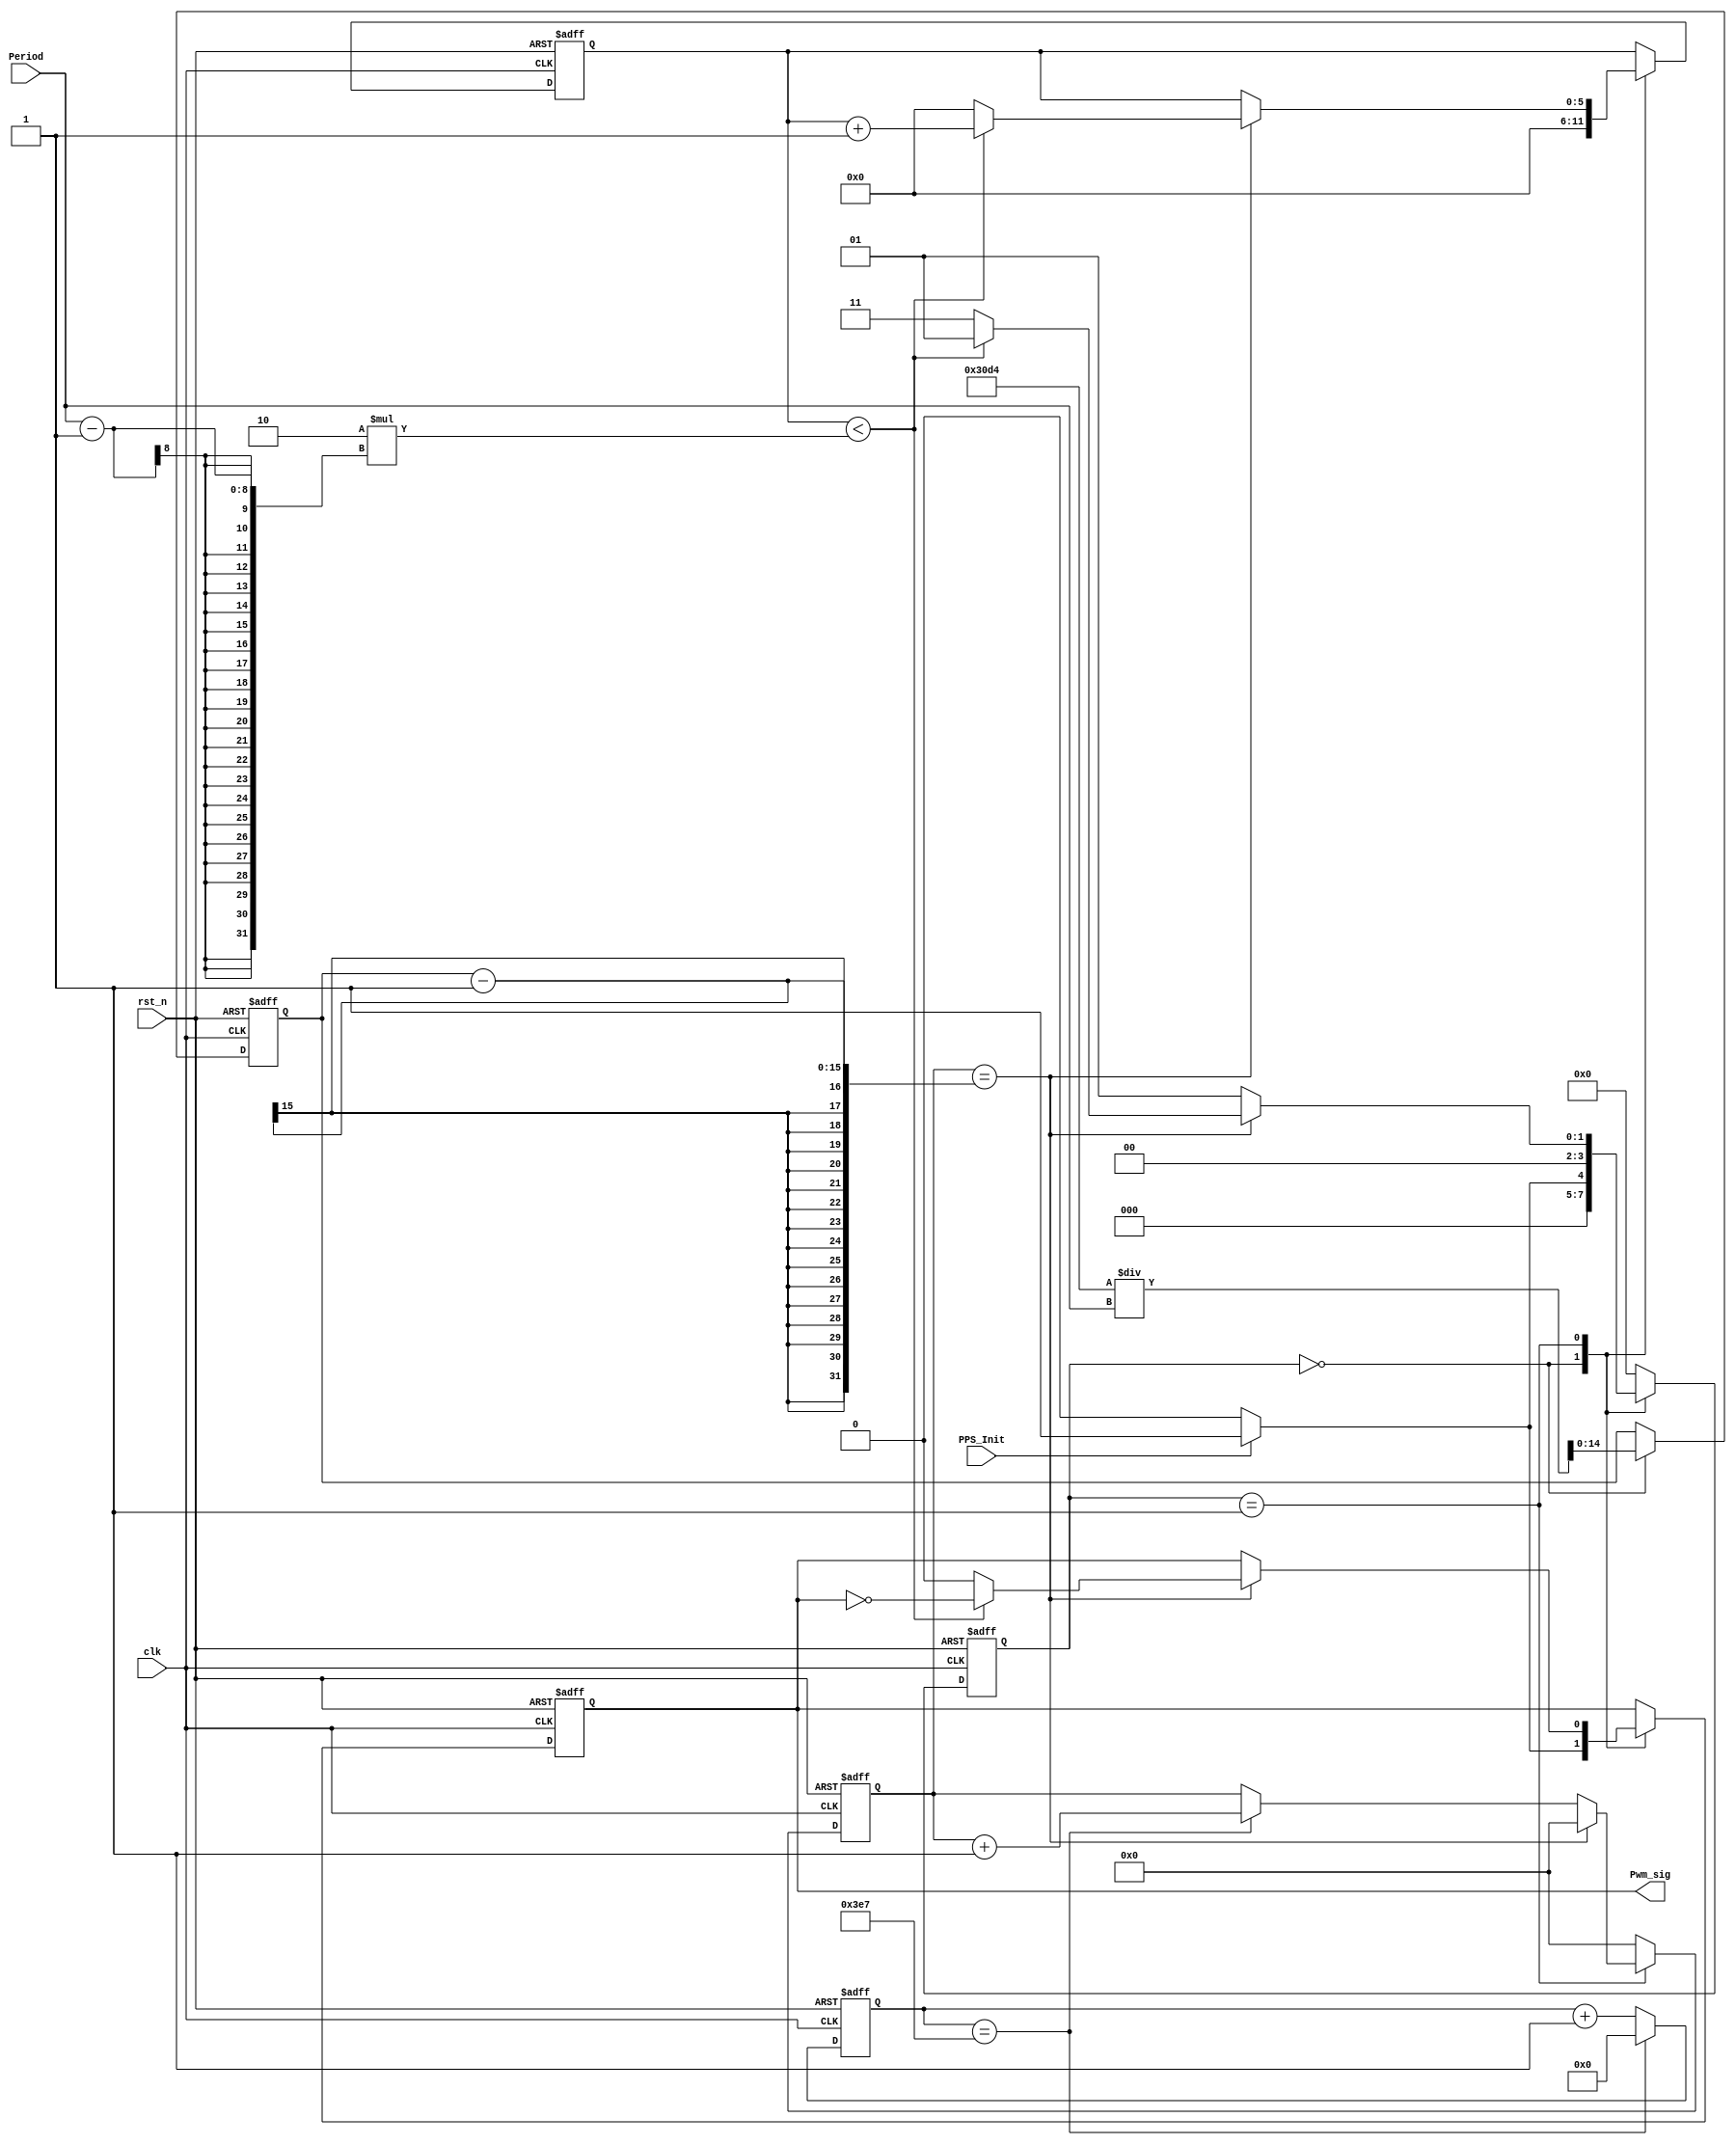
module PWM_Gen
#(
	parameter CLK_FRE = 50      //clock frequency(Mhz)

)
(
    input PPS_Init,
    input rst_n,
    input clk,
    input[7:0] Period,
    output reg Pwm_sig
    );



reg[9:0]  cnt_20_us;
always@(posedge clk or negedge rst_n)
begin 
    if(!rst_n) begin 
          cnt_20_us <= 10'd0;
          end
     else  if(cnt_20_us == 10'd999)
           begin cnt_20_us <= 10'd0;end
            else  cnt_20_us <= cnt_20_us+1;
end


reg[14:0] period_int;

parameter time_1s_int = 625_000/CLK_FRE;  //half period

parameter zero_step = 4'b0000;
parameter one_step =  4'b0001;
parameter two_step =  4'b0011;
parameter thr_step =  4'b0010;
parameter for_step =  4'b0110;
parameter five_step = 4'b0111;
reg[3:0]  cur_step;
reg[5:0]  PWM_cnt;






// 1us period





always@(posedge clk or negedge rst_n)
begin
    if(!rst_n) begin
          cur_step <=  zero_step;
          Pwm_sig <= 1'b0;
          period_int <=  15'd0;
          PWM_cnt<= 6'b0;
        end 
     else case(cur_step)
            zero_step: begin 
               period_int <=  time_1s_int/Period;
               PWM_cnt<= 6'b0;
                if(PPS_Init) 
                    begin Pwm_sig <= 1'b1;
                         cur_step <=one_step;
                    end
                else begin Pwm_sig <= 1'b0;
                         cur_step <=zero_step;                    
                     end
               end
            one_step:  begin 
                        if(cur_cnt == period_int-1) 
                                begin 
                                 if(PWM_cnt < 2* (Period-1)) begin    //generate n PWMs, it ends
                                       PWM_cnt <= PWM_cnt+ 6'b1; cur_step <= one_step;
                                       Pwm_sig <= ~Pwm_sig;end
                                  else  begin 
                                           PWM_cnt <= 6'b0; cur_step <= two_step;
                                           Pwm_sig <= 1'b0; end
                                end                
                         else begin   
                                Pwm_sig <= Pwm_sig;
                                cur_step <= one_step;
                              end
                       end
             two_step: cur_step <= zero_step;    
             default: cur_step <= zero_step;
          endcase
        
     
end

reg[10:0] cur_cnt;
always@(posedge clk or negedge rst_n)
begin
        if(!rst_n) cur_cnt <= 11'd0;
        else if(cur_step ==one_step ) begin 
                    if(cur_cnt == period_int-1)
                        cur_cnt <= 11'd0;
                     else if(cnt_20_us == 10'd999)
                        cur_cnt<= cur_cnt+11'd1;
              end
              else  cur_cnt<=11'd0;
end
endmodule